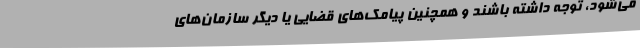
می‌شود، توجه داشته باشند و همچنین پیامک‌های قضایی یا دیگر سازمان‌های